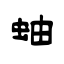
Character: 蚰